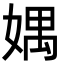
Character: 媀